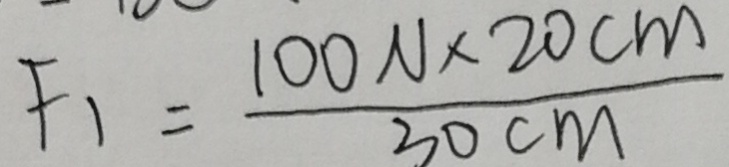
F _ { 1 } = \frac { 1 0 0 N \times 2 0 c m } { 3 0 c m }